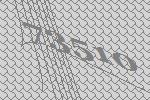
73510